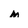
Character: m